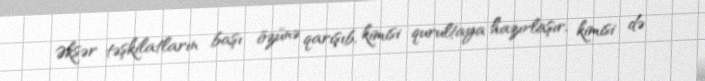
Əksər təşkilatların başı özünə qarışıb, kimisi qurultaya hazırlaşır, kimisi də